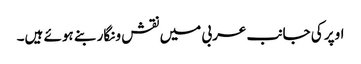
اوپر کی جانب عربی میں نقش و نگار بنے ہوئے ہیں۔